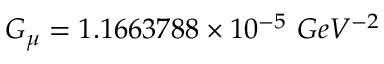
G _ { \mu } = 1 . 1 6 6 3 7 8 8 \times 1 0 ^ { - 5 } \ G e V ^ { - 2 }